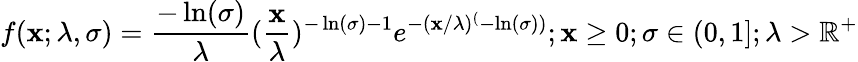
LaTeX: f(\mathbf{x};\lambda,\sigma)=\frac{{-\ln(\sigma)}}{{\lambda}}(\frac{{\mathbf{x}}}{{\lambda}})^{-\ln(\sigma)-1}e^{-(\mathbf{x}/\lambda)^{(}-\ln(\sigma))};\mathbf{x}\ge0;\sigma\in(0,1];\lambda>\mathbb{{R}}^{+}